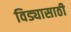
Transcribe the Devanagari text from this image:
विड्यासाठी